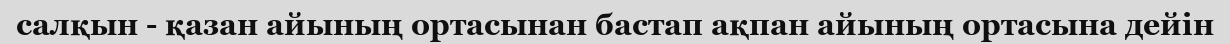
салқын - қазан айының ортасынан бастап ақпан айының ортасына дейін